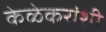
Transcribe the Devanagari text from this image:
केळेकरांशी